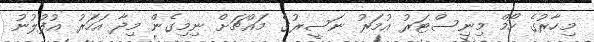
މިހާރުގެ ހޯމް މިނިސްޓަރު އުމަރު ނަސީރުގެ މައްޗަށް ނިމިގެން މިދާ އަހަރު އުފުލުނު